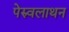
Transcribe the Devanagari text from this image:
पेरुवलाथन